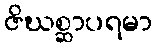
ဇိဃစ္ဆာပရမာ